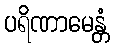
ပရိဏာမေန္တံ